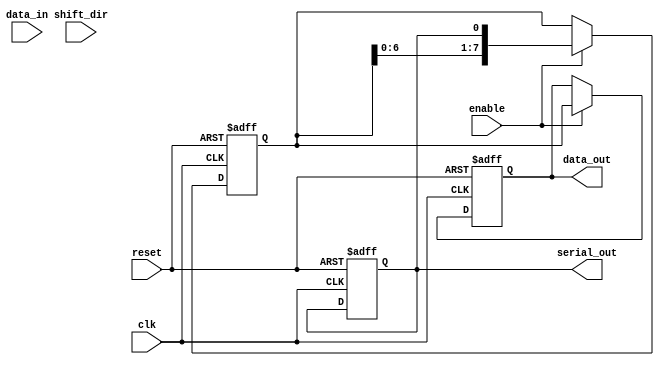
module parameterized_shift_register #(
    parameter DATA_WIDTH = 8, // Width of the data
    parameter MODE = "SIPO"    // Operational mode: "SIPO", "PISO", or "SHIFT"
) (
    input wire clk,             // Clock signal
    input wire reset,           // Asynchronous reset
    input wire [DATA_WIDTH-1:0] data_in, // Parallel input data (for PISO mode)
    input wire shift_dir,       // Shift direction: 0 for left, 1 for right
    input wire enable,          // Enable signal for shifting/loading
    output reg [DATA_WIDTH-1:0] data_out, // Parallel output data (for SIPO mode)
    output reg serial_out       // Serial output (for PISO mode)
);

    reg [DATA_WIDTH-1:0] shift_reg; // Internal shift register

    always @(posedge clk or posedge reset) begin
        if (reset) begin
            shift_reg <= 0; // Clear the register on reset
            data_out <= 0;  // Clear output
            serial_out <= 0; // Clear serial output
        end else if (enable) begin
            case (MODE)
                "PISO": begin
                    // Load data in parallel and shift out serially
                    serial_out <= shift_reg[DATA_WIDTH-1]; // Output the MSB
                    shift_reg <= {data_in, shift_reg[DATA_WIDTH-1:1]}; // Shift left
                end

                "SIPO": begin
                    // Shift in serially and output in parallel
                    shift_reg <= {shift_reg[DATA_WIDTH-2:0], serial_out}; // Shift in serial
                    data_out <= shift_reg; // Output the current contents
                end

                "SHIFT": begin
                    // Shift left or right based on shift_dir
                    if (shift_dir) begin
                        // Shift right
                        shift_reg <= {1'b0, shift_reg[DATA_WIDTH-1:1]}; // Shift right with zero fill
                    end else begin
                        // Shift left
                        shift_reg <= {shift_reg[DATA_WIDTH-2:0], 1'b0}; // Shift left with zero fill
                    end
                end

                default: begin
                    // Default case (no operation)
                end
            endcase
        end
    end

endmodule